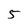
Character: 5